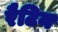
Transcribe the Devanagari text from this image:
रैटिन